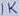
Text: 1K